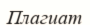
Плагиат